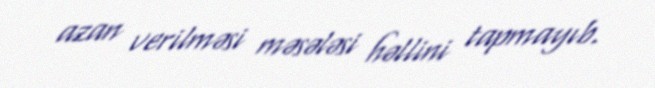
azan verilməsi məsələsi həllini tapmayıb.